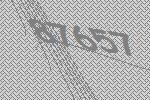
87657